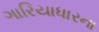
ગારિયાધારના